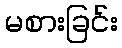
မစားခြင်း